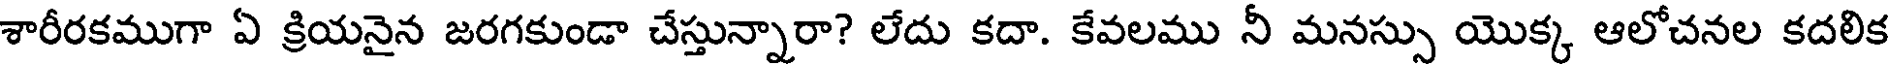
శారీరకముగా ఏ క్రియనైన జరగకుండా చేస్తున్నారా? లేదు కదా. కేవలము నీ మనస్సు యొక్క ఆలోచనల కదలిక